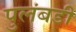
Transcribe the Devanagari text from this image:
पुलंबडी